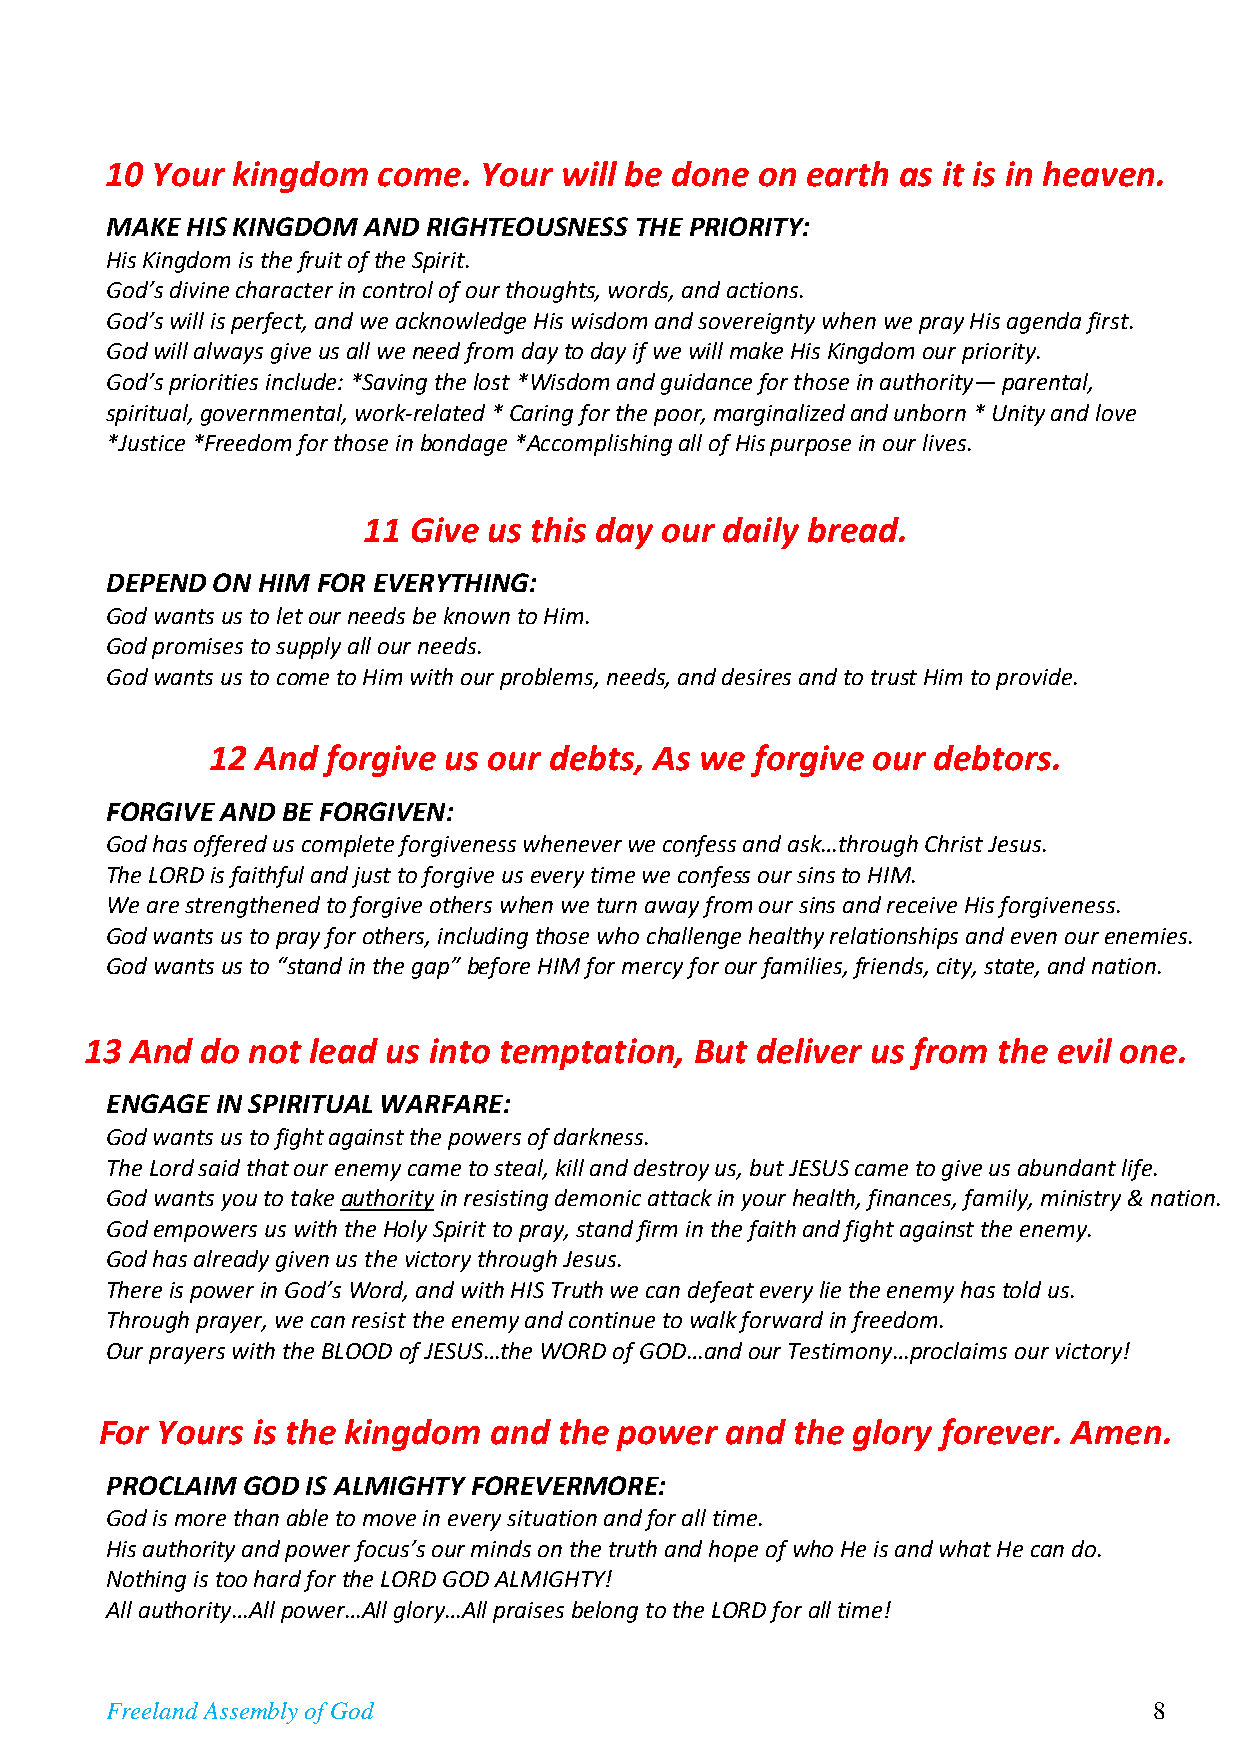
10 Your kingdom   come.  Your will be done on earth as it is in heaven.
 MAKE HIS KINGDOM AND RIGHTEOUSNESS THE PRIORITY:
 His Kingdom is the fruit of the Spirit.
 God’s divine character in control of our thoughts, words, and actions.
 God’s will is perfect, and we acknowledge His wisdom and sovereignty when we pray His agenda first.
 God will always give us all we need from day to day if we will make His Kingdom our priority.
 God’s priorities include: *Saving the lost *Wisdom and guidance for those in authority— parental,
 spiritual, governmental, work-related * Caring for the poor, marginalized and unborn * Unity and love
 *Justice *Freedom for those in bondage *Accomplishing all of His purpose in our lives.
 11 Give us this day our daily bread.
 DEPEND ON HIM FOR EVERYTHING:
 God wants us to let our needs be known to Him.
 God promises to supply all our needs.
 God wants us to come to Him with our problems, needs, and desires and to trust Him to provide.
 12 And  forgive us our debts, As we forgive our debtors.
 FORGIVE AND BE FORGIVEN:
 God has offered us complete forgiveness whenever we confess and ask…through Christ Jesus.
 The LORD is faithful and just to forgive us every time we confess our sins to HIM.
 We are strengthened to forgive others when we turn away from our sins and receive His forgiveness.
 God wants us to pray for others, including those who challenge healthy relationships and even our enemies.
 God wants us to “stand in the gap” before HIM for mercy for our families, friends, city, state, and nation.
 13 And do not  lead us into temptation, But deliver us from the evil one.
 ENGAGE IN SPIRITUAL WARFARE:
 God wants us to fight against the powers of darkness.
 The Lord said that our enemy came to steal, kill and destroy us, but JESUS came to give us abundant life.
 God wants you to take authority in resisting demonic attack in your health, finances, family, ministry & nation.
 God empowers us with the Holy Spirit to pray, stand firm in the faith and fight against the enemy.
 God has already given us the victory through Jesus.
 There is power in God’s Word, and with HIS Truth we can defeat every lie the enemy has told us.
 Through prayer, we can resist the enemy and continue to walk forward in freedom.
 Our prayers with the BLOOD of JESUS…the WORD of GOD…and our Testimony…proclaims our victory!
 For Yours is the kingdom and  the power  and the glory forever. Amen.
 PROCLAIM GOD IS ALMIGHTY FOREVERMORE:
 God is more than able to move in every situation and for all time.
 His authority and power focus’s our minds on the truth and hope of who He is and what He can do.
 Nothing is too hard for the LORD GOD ALMIGHTY!
 All authority…All power…All glory…All praises belong to the LORD for all time!
 Freeland Assembly of God                                             8